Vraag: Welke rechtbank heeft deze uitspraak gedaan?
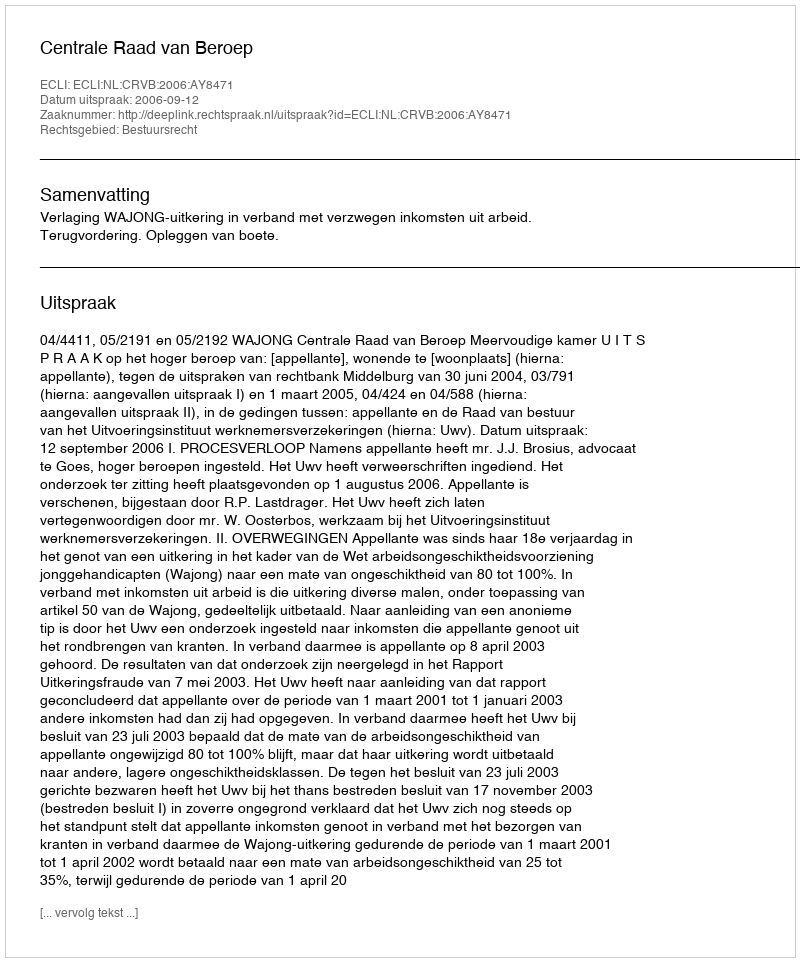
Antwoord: Centrale Raad van Beroep